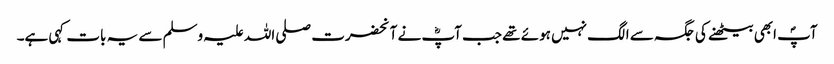
آپؐ ابھی بیٹھنے کی جگہ سے الگ نہیں ہوئے تھے جب آپؓ نے آنحضرت صلی اللہ علیہ وسلم سے یہ بات کہی ہے۔